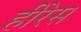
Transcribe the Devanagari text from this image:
हीरेस